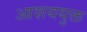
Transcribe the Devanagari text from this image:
आशययुक्त